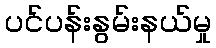
ပင်ပန်းနွမ်းနယ်မှု